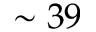
\sim 3 9